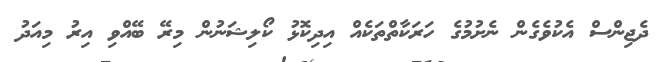
ދެޖިންސް އެކުވެގެން ނެށުމުގެ ހަރަކާތްތަކެއް އިދިކޮޅު ކޯލިޝަނުން މިރޭ ބޭއްވި އިރު މިއަދު